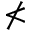
\nless